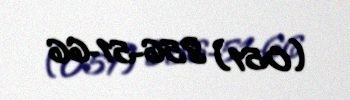
(051) 856-51-66